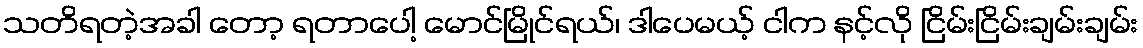
သတိရတဲ့အခါ တော့ ရတာပေါ့ မောင်မြိုင်ရယ်၊ ဒါပေမယ့် ငါက နင့်လို ငြိမ်းငြိမ်းချမ်းချမ်း